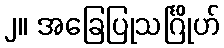
၂။ အခြေပြုသင်္ဂြိုဟ်